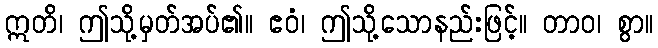
ဣတိ၊ ဤသို့မှတ်အပ်၏။ ဧဝံ၊ ဤသို့သောနည်းဖြင့်။ တာဝ၊ စွာ။